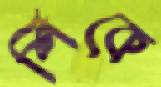
শিকে